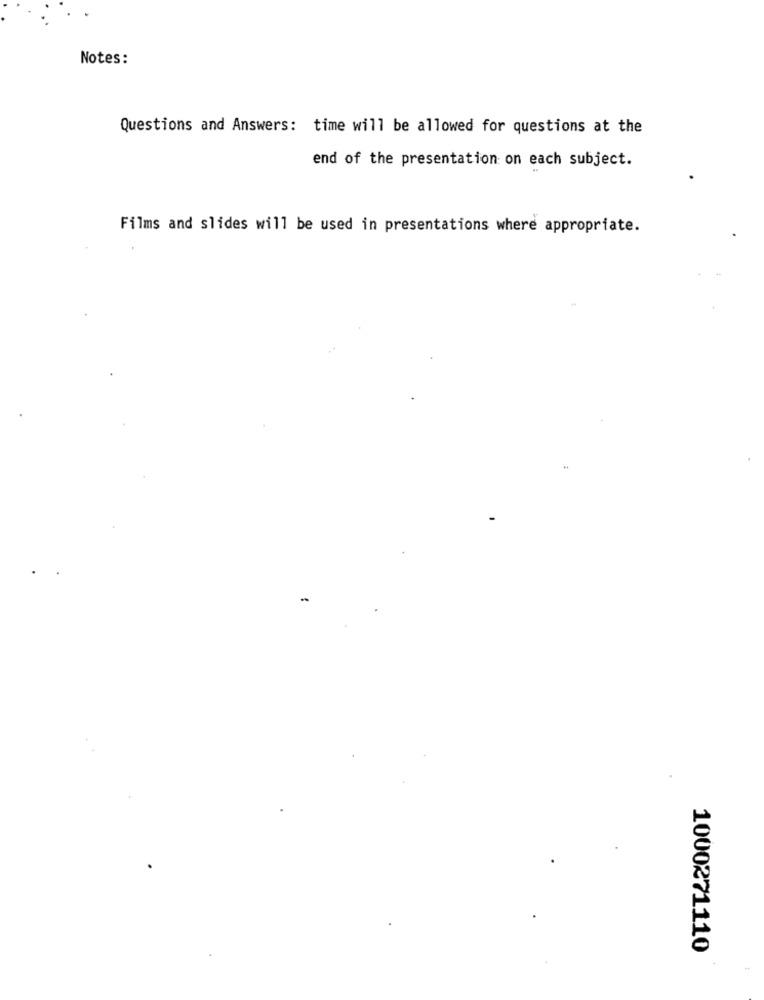
Notes:
Questions and Answers: time will be allowed for questions at the
end of the presentation on each subject.
Films and slides will be used in presentations where appropriate.
1000271110